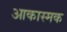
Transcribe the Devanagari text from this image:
आकास्मक